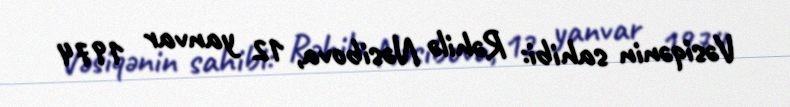
Vəsiqənin sahibi: Rəhilə Nəsibova, 12 yanvar 1974